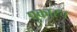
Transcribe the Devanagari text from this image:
पुकारच